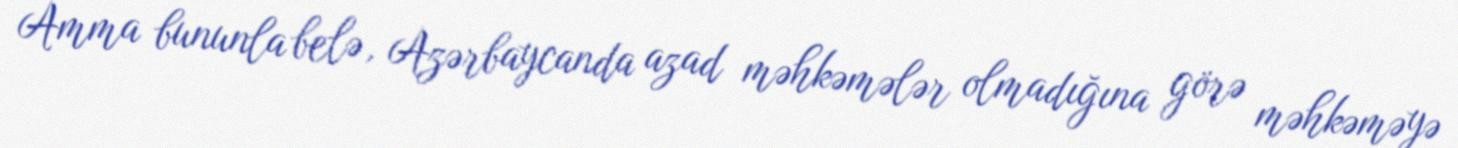
Amma bununla belə, Azərbaycanda azad məhkəmələr olmadığına görə məhkəməyə